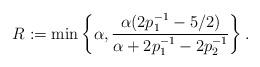
LaTeX: \begin{align*} R:=\min\left\{{\alpha},\frac{{\alpha}(2p_1^{-1}-5/2)}{{\alpha}+2p_1^{-1}-2p_2^{-1}}\right\}. \end{align*}